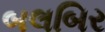
બલબિર